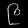
Digit: ၉